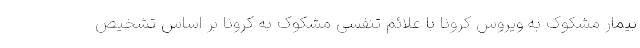
بیمار مشکوک به ویروس کرونا با علائم تنفسی مشکوک به کرونا بر اساس تشخیص